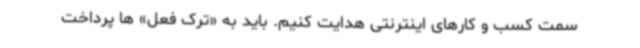
سمت کسب و کارهای اینترنتی هدایت کنیم. باید به «ترک فعل» ‌ها پرداخت